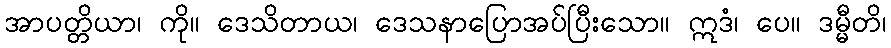
အာပတ္တိယာ၊ ကို။ ဒေသိတာယ၊ ဒေသနာပြောအပ်ပြီးသော။ ဣဒံ၊ ပေ။ ဒမ္မီတိ၊